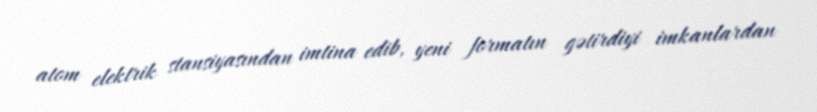
atom elektrik stansiyasından imtina edib, yeni formatın gətirdiyi imkanlardan